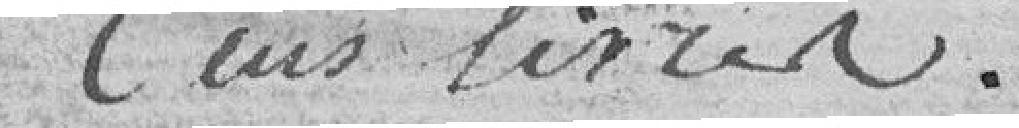
cent livres.